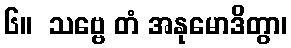
၆။  သဗ္ဗေ တံ အနုမောဒိတွာ၊